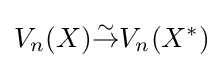
V_{n}(X){\stackrel {\sim }{\to }}V_{n}(X^{*})